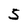
Character: 5